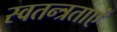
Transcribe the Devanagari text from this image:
स्वतन्त्रताएं